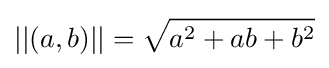
||(a,b)||={\sqrt {a^{2}+ab+b^{2}}}